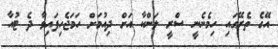
އޭގެ ތެރޭގައި ހިމެނެނީ ސްރީ ލަންކާ އަށް ދިއުމަށް ހަމަޖެހިފައިވާ ދެ ޓުއާ